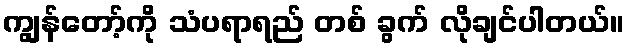
ကျွန်တော့်ကို သံပရာရည် တစ် ခွက် လိုချင်ပါတယ်။